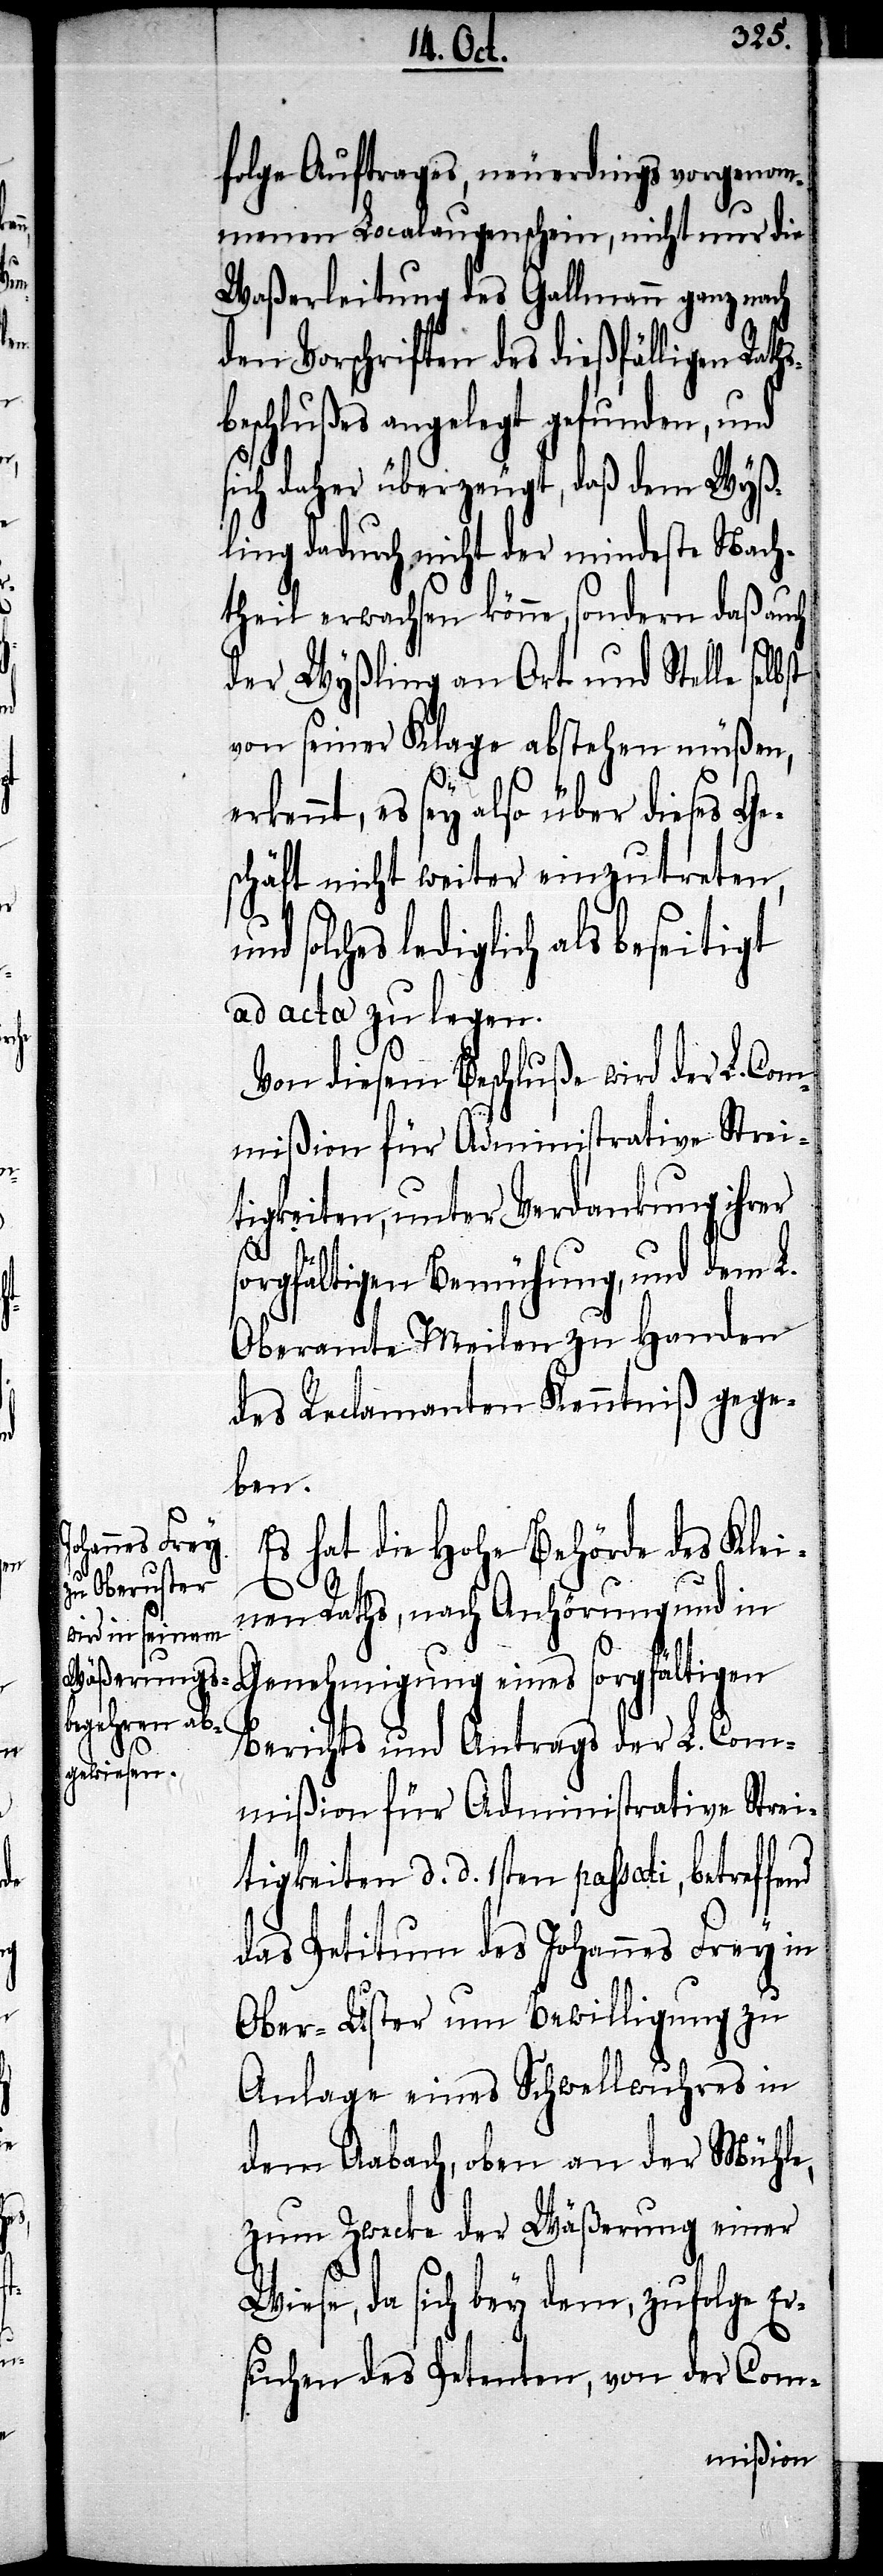
e¬

folge Auftrages, neuerdings vorgenom¬
menen Localaugenschein, nicht nur die
Waßerleitung des Gallmann ganz nach
den Vorschriften des dießfälligen Raths¬
beschlußes angelegt gefunden, und
sich daher überzeugt, daß dem Wyß¬
ling dadurch nicht der mindeste Nach¬
theil erwachsen könne, sondern daß auch
der Wyßling an Ort und Stelle selb¬
von seiner Klage abstehen müßen,
rkennt, es sey also über dieses Ge¬
schäft nicht weiter einzutreten,
solches lediglich als beseitigt
ad acta zu legen.
Von diesem Beschluße wird der L. Com¬
mißion für Administrative Strei¬
tigkeiten, unter Verdankung ihrer
sorgfältigen Bemühung, und dem L.
Oberamte Meilen zu Handen
des Reclamanten Kenntniß gege¬
fend
Es hat die hohe Behörde des Klei¬
nen Raths, nach Anhörung und in
Genehmigung eines sorgfältigen
Berichts und Antrags der L. Com¬
mißion für Administrative Strei¬
tigkeiten d. d. 1sten passati, betref¬
das Petitum des Johannes Frey in
Ober-Uster um Bewilligung zu
Anlage eines Schwellwuhres in
dem Aabach, oben an der Mühle,
zum Zwecke der Wäßerung einer
Wiese, da sich bey dem, zufolge Er¬
suchen des Petenten, von der Com-